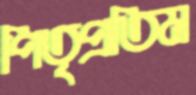
পিতৃপ্রতিম